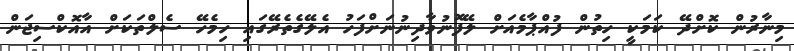
މިނާރުން ކޮށްދޭ ކަމަކީ ހިތުން ފުއްޕާމެއަށް ލޭފޮނުވާދިނުނަށްފަހު އެލޭގެތެރޭގައި ހިމެހޭ ސެލްތަކަށް އާއޮކްސިޖަން